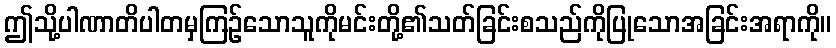
ဤသို့ပါဏာတိပါတမှကြဉ်သောသူကိုမင်းတို့၏သတ်ခြင်းစသည်ကိုပြုသောအခြင်းအရာကို။